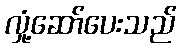
လှုံ့ဆော်ပေးသည်